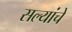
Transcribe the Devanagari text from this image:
सल्यांचे